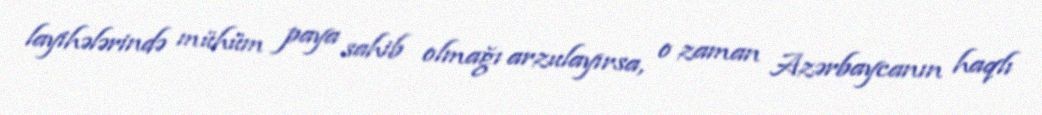
layihələrində mühüm paya sahib olmağı arzulayırsa, o zaman Azərbaycanın haqlı